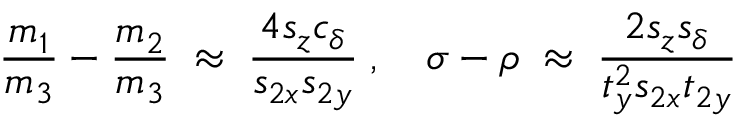
\frac { m _ { 1 } } { m _ { 3 } } - \frac { m _ { 2 } } { m _ { 3 } } \; \approx \; \frac { 4 s _ { z } c _ { \delta } } { s _ { 2 x } s _ { 2 y } } \; , ~ ~ ~ \sigma - \rho \; \approx \; \frac { 2 s _ { z } s _ { \delta } } { t _ { y } ^ { 2 } s _ { 2 x } t _ { 2 y } } \;